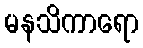
မနသိကာရော